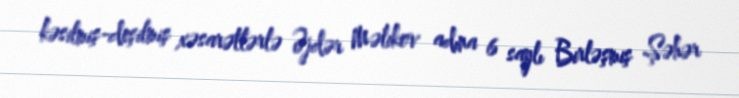
kəsilmiş-deşilmiş xəsarətlərlə Əjdər Məlikov adına 6 saylı Birləşmiş Şəhər